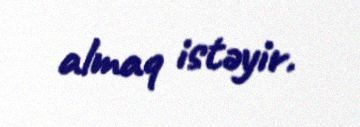
almaq istəyir.